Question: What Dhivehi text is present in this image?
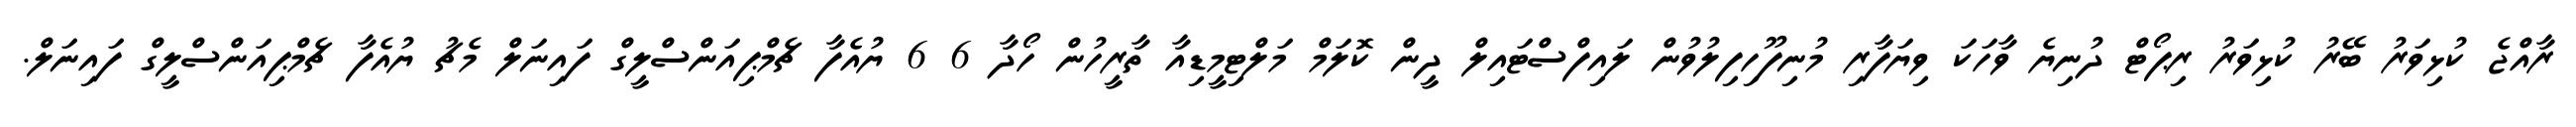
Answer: ރާއްޖެ ކުޅިވަރު ބޭރު ކުޅިވަރު ރިޕޯޓް ދުނިޔެ ވާހަކަ ވިޔަފާރި މުނިފޫހިފިލުވުން ލައިފްސްޓައިލް ދީން ކޮލަމް މަލްޓިމީޑިއާ ތާރީހުން ހޯދާ 6 6 ޔުއެފާ ޗެމްޕިއަންސްލީގް ފައިނަލް މެޗު ޔުއެފާ ޗެމްޕިއަންސްލީގް ފައިނަލް.